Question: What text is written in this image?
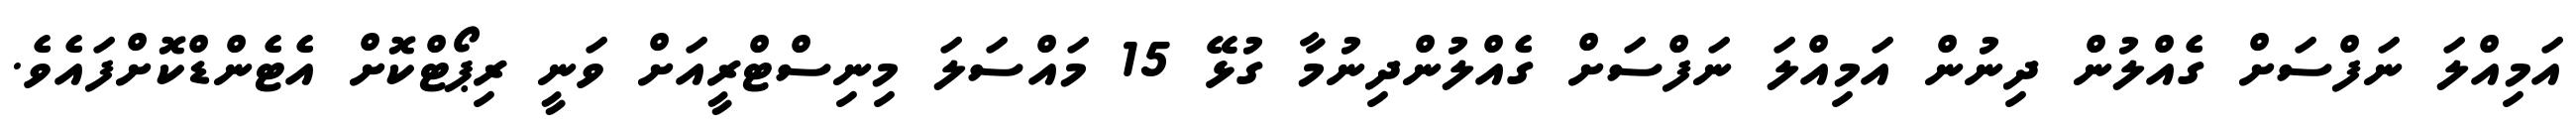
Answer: އަމިއްލަ ނަފްސަށް ގެއްލުން ދިނުން އަމިއްލަ ނަފްސަށް ގެއްލުންދިނުމާ ގުޅޭ 15 މައްސަލަ މިނިސްޓްރީއަށް ވަނީ ރިޕޯޓްކޮށް އެޓެންޑްކޮށްފައެވެ.